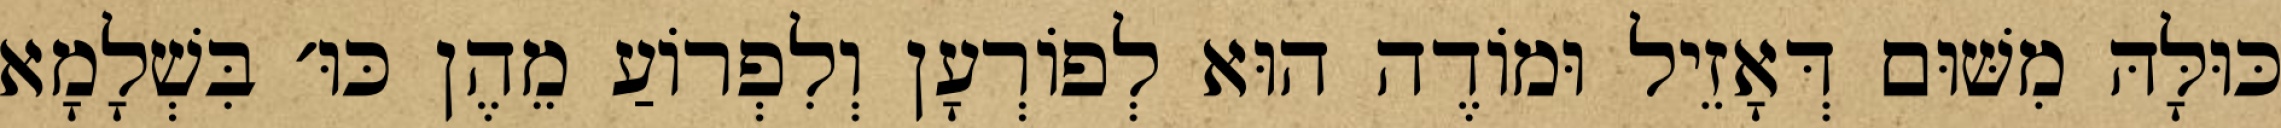
כּוּלָּהּ מִשּׁוּם דְּאָזֵיל וּמוֹדֶה הוּא לְפוֹרְעָן וְלִפְרוֹעַ מֵהֶן כּוּ׳ בִּשְׁלָמָא